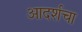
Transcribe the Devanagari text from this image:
आदर्शचा